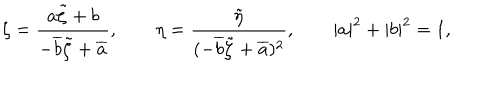
\zeta = \frac { a \tilde { \zeta } + b } { - \overline { { { b } } } \tilde { \zeta } + \overline { { { a } } } } , \qquad \eta = \frac { \tilde { \eta } } { ( - \overline { { { b } } } \tilde { \zeta } + \overline { { { a } } } ) ^ { 2 } } , \qquad | a | ^ { 2 } + | b | ^ { 2 } = 1 ,